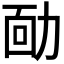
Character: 𠡳